King Institute of Preventive Medicine Micro-Biological Section reports 1912-19
Year: 1912
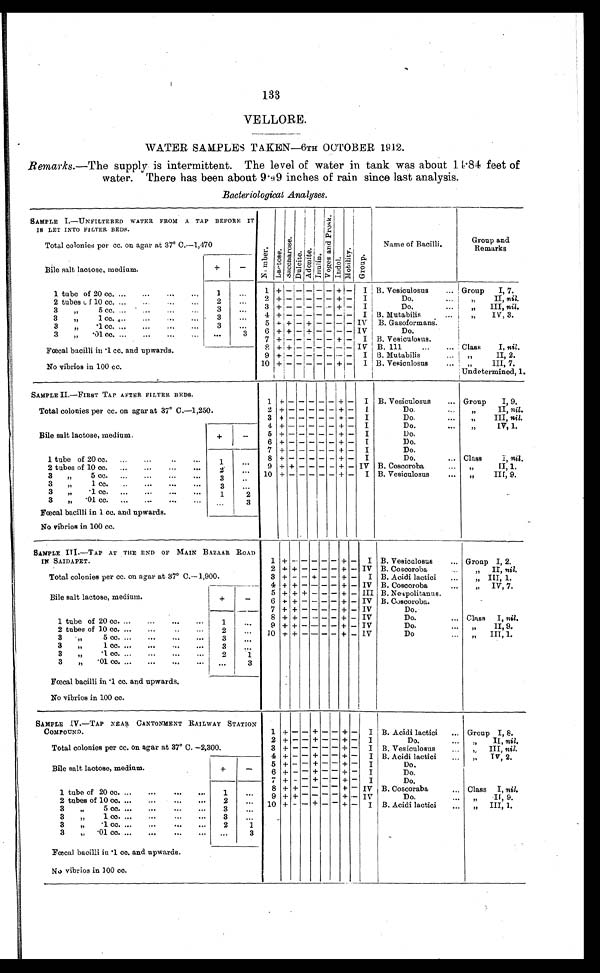
133
VELLORE.
WATER SAMPLES TAKEN—6TH OCTOBER 1912.
Remarks. —The supply is intermittent. The level of water in tank was about 14.84 feet of
water. There has been about 9.49 inches of rain since last analysis.
Bacteriological Analyses.
SAMPLE I.—UNFILTERED WATER FROM A TAP BEFORE IT
IS LET INTO FILTER BEDS.
N u m b e r . La c t o s e .
S a c c h a r o s e .
Du l c i t e .
A d o n i t e .
I nul i n.
V o g e s a n d P r o s k .
I ndol .
Mo t i l i t y . Gr o u p .
Name of Bacilli.
Group and
Remarks
Total colonies per cc. on agar at 37° C.—1,470
Bile salt lactose, medium.
+
-
1 tube of 20 cc. ...
......
1
...
1 +
- - - - - + - I B. Vesiculosus
... Group
I, 7.
2 + - - - - - + - I
Do. ...
"
II, nil
.
2 tubes of 10 cc. ... ... ...
2
...
3 + - - - - - + - I
Do.
...
"
III, nil.
3"
5 cc. ...
...
...
3
...
4 + - - - - - - - I B. Mutabilis
...
"
IV, 3.
3
"
1 cc. ... ... ... ...
3
...
5 + + - + - - - - IV B. Gasoformans.
3
"
.1 cc. ... .,. ... ...
3
...
6 + + - + - - - - IV
Do.
3
"
.01 cc. ...
...
...
... ...
3
7 + - - - - - + - I B. Vesiculosus.
Fœcal bacilli in .1 cc. and upwards.
No vibrios in 100 cc.
8 + + - - - - - - IV B. 111
...
... Class
I, nil.
9 + - - - - - - -
I B. Mutabilis
" II, 2.
10 +
- -
- - - + - I B. Vesiculosus
" III, 7.
Undetermined, 1.
SAMPLE II.—FIRST TAP AFTER FILTER BEDS.
1
+
-
- - - -
+ - I B. Vesiculosus
... Group
I, 9.
Total colonies per cc. on agar at 37° C.—1,250.
2 + - - - - - + - I
Do.
" II, nil.
3 +
-
- - - - + - I
Do,
... ",III, nil.
4 + - - - - - + -
I
Do.
" IV, 1.
Bile salt lactose, medium.
+
-
5 + - - - - - + - I
Do.
6 + - - - - - + - I
Do.
7 + - - - - - + -
I
Do.
1 tube of 20 cc. ...
...
..
...
1
...
8 + - - - - - + - I
Do.
... Class
I, nil.
2 tubes of 10 cc. ...
...
...
...
2
...
9 + + - - - - + - IV B. Coscoroba
" II,1.
10
+
-
- - - -
+ - I B. Vesiculosus
" III, 9.
3
"
5 cc. ...
...
...
...
3
...
3
" 1 cc.
..
...
...
...
3
...
3
"
.1 cc. ...
...
...
...
1
2
3
"
.01 cc. ... ... ... ...
...
3
Fœcal bacilli in 1 cc. and upwards.
No vibrios in 100 cc.
SAMPLE III.—T AP AT THE END OF MAIN BAZAAR ROAD
IN SAIDAPET.
1
+
- - - - - + -
I B. Vesiculosus
... Group I, 2.
2 + + - - - - + - IV B. Coscoroba
" II, nil.
Total colonies per cc. on agar at 37° C.—1,900.
3 + - - + - - + - I B. Acidi lactici
...
" III, 1.
4 + + - - - - + - IV B. Coscoroba
... "
IV, 7.
Bile salt lactose, medium.
+
-
5 + + + - - - + - III B. Neapolitanus,
6 + + - - - - + - IV B. Coscoroba.
7 + + - - - - + - IV
Do.
1 tube of 20 cc. ...
...
...
1
...
8 + + - - - - + - IV
Do.
... Class I, nil.
9 + + - - - - + - IV
Do.
" II, 9.
2 tubes of 10 cc. ...
...
..
...
2
...
10 + + - - - - + - 1V
Do
" III, 1.
3 "
5 cc. ...
...
...
...
3
...
3
" 1 cc. ...
...
...
...
3
...
3
".1 cc. ...
...
...
...
2
1
3
"
.01 cc. ... ... ... ...
...
3
Fœcal bacilli in .1 cc. and upwards.
No vibrios in 100 cc.
SAMPLE IV.—TAP NEAR CANTONMENT RAILWAY STATION
COMPOUND.
1
+
- - + - - + -
I B. Acidi lactici
... Group I, 8.
2 + - - + - - + - I
Do.
" II, nil.
Total colonies per cc. on agar at 37° C. —2,300.
3 + - - - - - + - I B. Vesiculosus
... "
III, nil.
4 + - - + - - + - I B. Acidi lactici
" IV, 2.
Bile salt lactose, medium.
+
-
5 + - - + - - + - I
Do.
6 + - -+ - - + - I
Do.
7 + - -+ -- + - I
Do.
1 tube of 20 cc. ...
...
...
...
1
...
8 + + - - - - + - IV B. Coscoraba
... Class I, nil.
9 + + - - - - +-- IV
Do.
" II, 9.
2 tubes of 10 cc. ...
...
...
...
2
...
10 + - - + - - + - I B. Acidi lactici
" III, 1.
3
"
5 cc. ...
...
...
...
3
...
3
"
1 cc. ...
...
...
...
3
3
"
.1 cc. ...
...
...
...
2
1
3
„ .01 cc. ... ... ... ...
...
3
Fœcal bacilli in .1 cc. and upwards.
No vibrios in 100 cc.